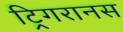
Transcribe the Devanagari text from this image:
ट्रिगरानस